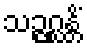
သဉ္ဇဂ္ဃန္တိံ